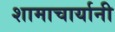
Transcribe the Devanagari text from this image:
शामाचार्यानी